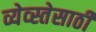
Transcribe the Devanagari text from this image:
व्येव्स्तेसाठी